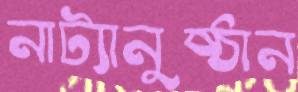
নাট্যানুষ্ঠান